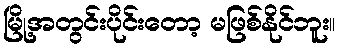
မြို့အတွင်းပိုင်းတော့ မဖြစ်နိုင်ဘူး။